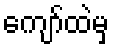
ကျော်ထဲမှ